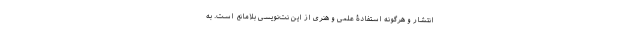
انتشار و هرگونه استفادۀ علمی و هنری از این نت‌نویسی بلامانع است. به